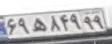
۶۹ه۸۴۹۹۹